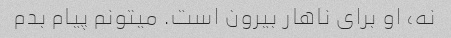
نه، او برای ناهار بیرون است. میتونم پیام بدم